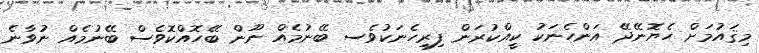
މިޤައުމަށް ހެޔޮނޭދޭ އަންހެނަކު ކީއްކުރަން ފިރިހެނަކުވެސ ބޭނުމެއް ނޫން ބޭހޮއްކޮވެސް ބޭނުމެއް ނުވާނެ